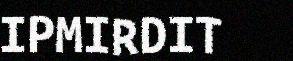
IPMIRDIT